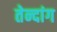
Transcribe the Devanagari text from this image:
तेन्दांग